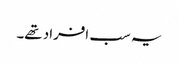
یہ سب افراد تھے۔